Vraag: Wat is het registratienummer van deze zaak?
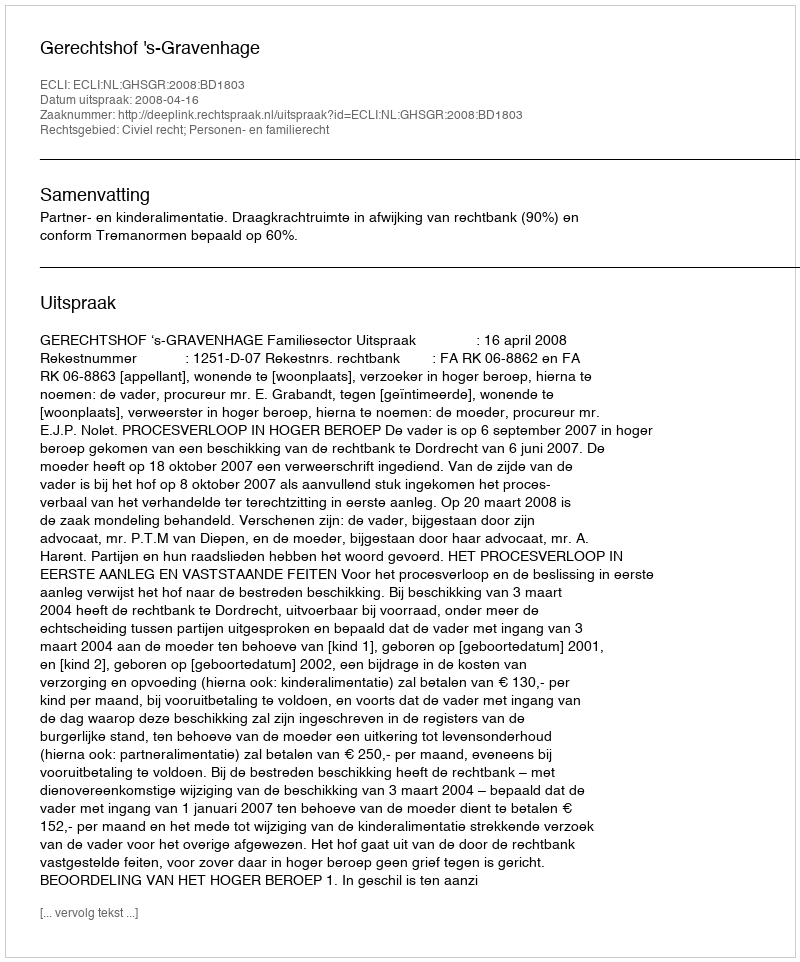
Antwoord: http://deeplink.rechtspraak.nl/uitspraak?id=ECLI:NL:GHSGR:2008:BD1803